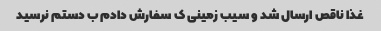
غذا ناقص ارسال شد و سیب زمینی ک سفارش دادم ب دستم نرسید